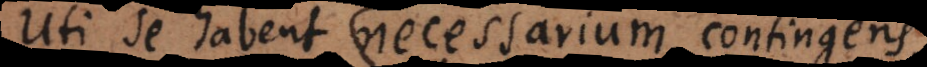
Uti se habent necessarium, contingens